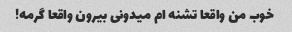
خوب من واقعا تشنه ام میدونی بیرون واقعا گرمه!